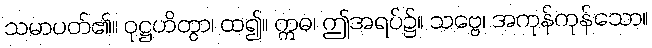
သမာပတ်၏။ ဝုဋ္ဌဟိတွာ၊ ထ၍။ ဣဓ၊ ဤအရပ်၌။ သဗ္ဗေ၊ အကုန်ကုန်သော။